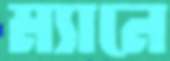
ম্যানে